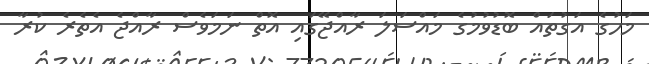
މަހުގެ އަގުތައް ބޮޑުވުމުގެ މައްސަލަ ރާއްޖޭގައި އޮތް ނަމަވެސް ރާއްޖެ އެތެރެ ކުރާ